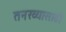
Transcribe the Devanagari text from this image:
तनख्यासाठी